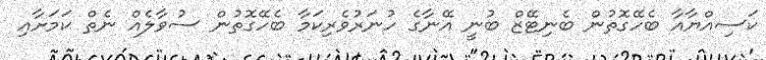
ކަސިއްޔާއާ ބެހޭގޮތުން ބެނިޓޭޒް ބުނީ އޭނާގެ ހުނަރުވެރިކަމާ ބެހޭގޮތުން ސުވާލެއް ނެތް ކަމަށާއި